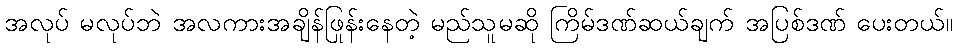
အလုပ် မလုပ်ဘဲ အလကားအချိန်ဖြုန်းနေတဲ့ မည်သူမဆို ကြိမ်ဒဏ်ဆယ်ချက် အပြစ်ဒဏ် ပေးတယ်။